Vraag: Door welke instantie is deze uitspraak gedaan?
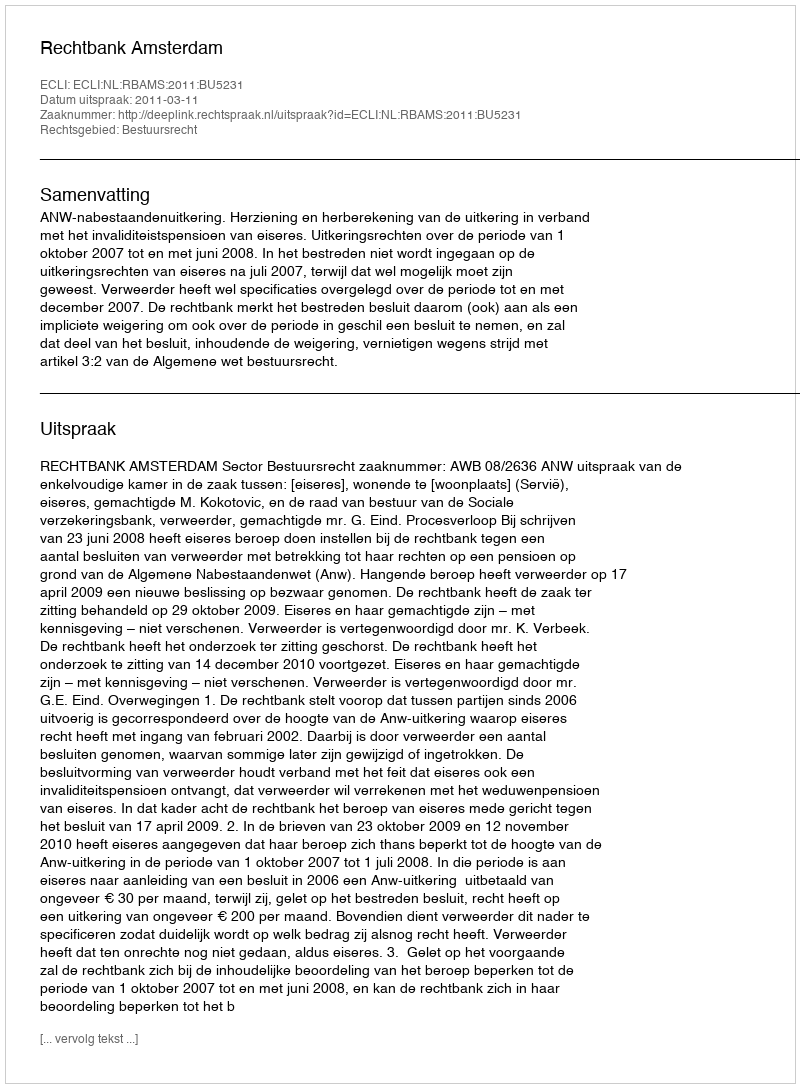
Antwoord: Rechtbank Amsterdam